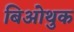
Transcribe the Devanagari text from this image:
बिओथुक